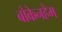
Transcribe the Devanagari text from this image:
बोकेनहेम